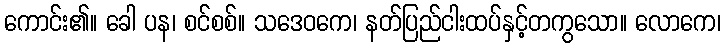
ကောင်း၏။ ခေါ ပန၊ စင်စစ်။ သဒေဝကေ၊ နတ်ပြည်ငါးထပ်နှင့်တကွသော။ လောကေ၊